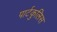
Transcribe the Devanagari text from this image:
पार्टकुलिस